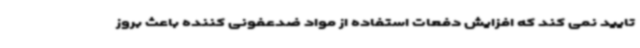
تایید نمی کند که افزایش دفعات استفاده از مواد ضدعفونی کننده باعث بروز